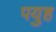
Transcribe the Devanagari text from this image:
पयुह